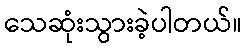
သေဆုံးသွားခဲ့ပါတယ်။